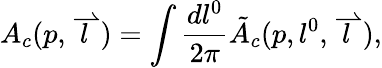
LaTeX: A_{c}(p,\stackrel{\rightharpoonup}{l})=\int\frac{dl^{0}}{2\pi}\tilde{A}_{c}(p,l^{0},\stackrel{\rightharpoonup}{l}),